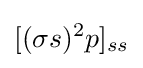
[(\sigma s)^{2}p]_{ss}